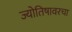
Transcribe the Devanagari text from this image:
ज्योतिषावरचा